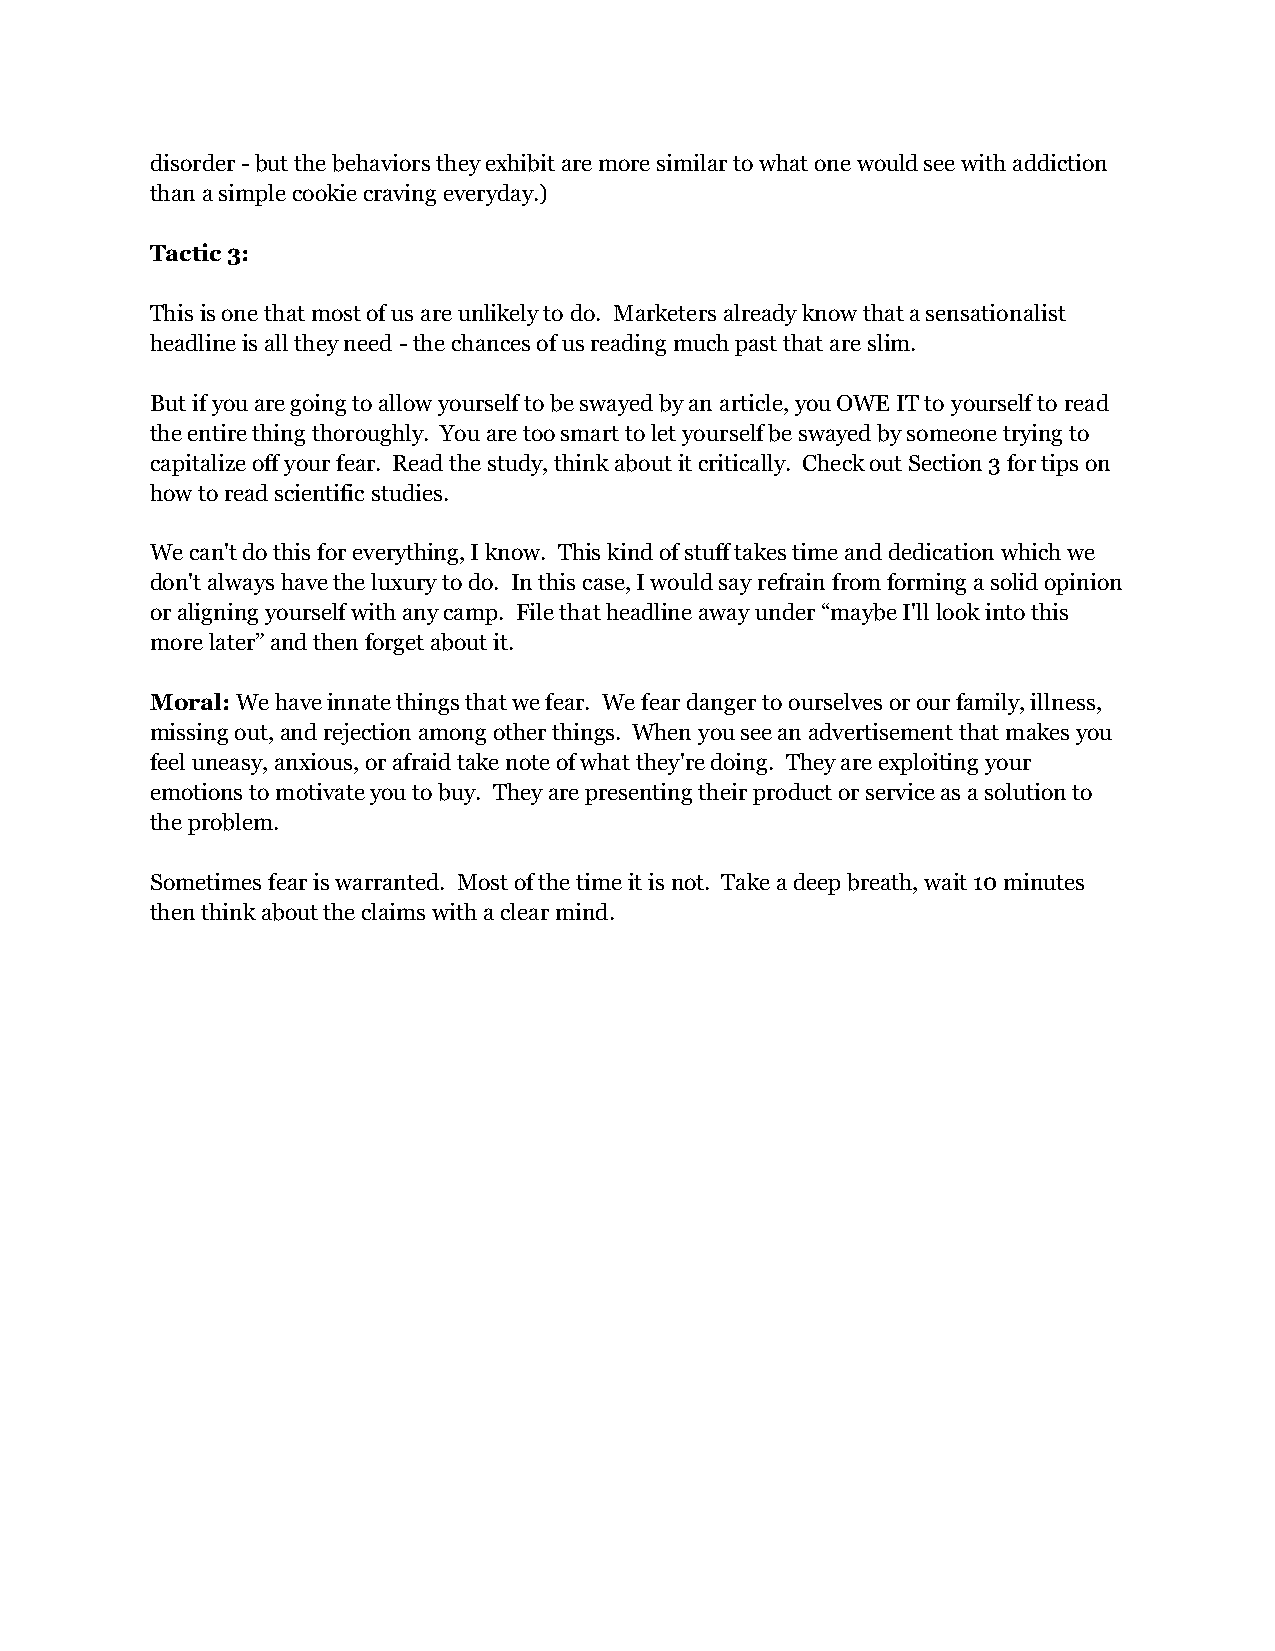
disorder - but the behaviors they exhibit are more similar to what one would see with addiction
 than a simple cookie craving everyday.)
 Tactic 3:
 This is one that most of us are unlikely to do. Marketers already know that a sensationalist
 headline is all they need - the chances of us reading much past that are slim.
 But if you are going to allow yourself to be swayed by an article, you OWE IT to yourself to read
 the entire thing thoroughly. You are too smart to let yourself be swayed by someone trying to
 capitalize off your fear. Read the study, think about it critically. Check out Section 3 for tips on
 how to read scientific studies.
 We can't do this for everything, I know. This kind of stuff takes time and dedication which we
 don't always have the luxury to do. In this case, I would say refrain from forming a solid opinion
 or aligning yourself with any camp. File that headline away under “maybe I'll look into this
 more later” and then forget about it.
 Moral: We have innate things that we fear. We fear danger to ourselves or our family, illness,
 missing out, and rejection among other things. When you see an advertisement that makes you
 feel uneasy, anxious, or afraid take note of what they're doing. They are exploiting your
 emotions to motivate you to buy. They are presenting their product or service as a solution to
 the problem.
 Sometimes fear is warranted. Most of the time it is not. Take a deep breath, wait 10 minutes
 then think about the claims with a clear mind.